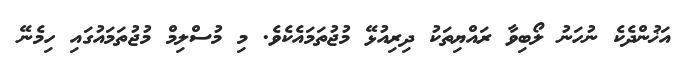
އަޚުންދެކެ ނުހަނު ލޯބިވާ ރައްޔިތަކު ދިރިއުޅޭ މުޖުތަމައެެކެވެ. މި މުސްލިމް މުޖުތަމައުގައި ހިމެނޭ